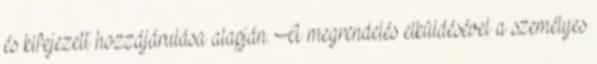
és kifejezett hozzájárulása alapján. A megrendelés elküldésével a személyes